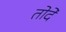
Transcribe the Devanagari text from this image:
तोदे